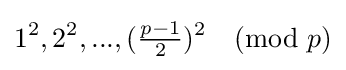
1^{2},2^{2},...,({\tfrac {p-1}{2}})^{2}{\pmod {p}}